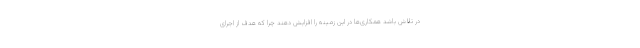
در تلاش باشد همکاری‌ها در این زمینه را افزایش دهند چرا که هدف از اجرای